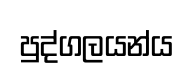
පුද්ගලයන්ය